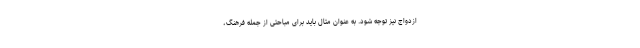
ازدواج نیز توجه شود. به عنوان مثال باید برای مباحثی از جمله فرهنگ،